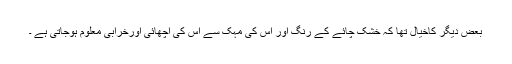
بعض دیگر کاخیال تھا کہ خشک چائے کے رنگ اور اس کی مہک سے اس کی اچھائی اورخرابی معلوم ہوجاتی ہے ۔